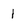
Character: 1